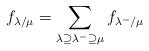
LaTeX: \begin{align*}{f}_{\lambda/\mu}=\sum\limits_{\lambda\supseteq\lambda^-\supseteq \mu }{f}_{\lambda^-/\mu}\end{align*}